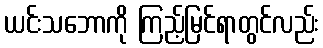
ယင်းသဘောကို ကြည့်မြင်ရာတွင်လည်း